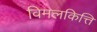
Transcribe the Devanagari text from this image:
विमलकित्ति